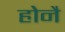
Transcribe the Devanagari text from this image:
होनै